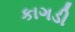
કાગડી